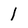
Character: 1